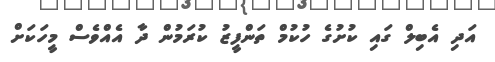
އަދި އެބިލް ގައި ކުށުގެ ހުކުމް ތަންފީޒު ކުރަމުން ދާ އެއްވެސް މީހަކަށް